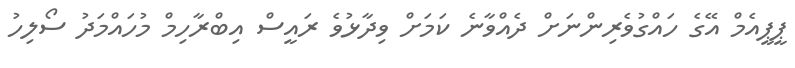
ޕީޕީއެމް އޭގެ ހައްގުވެރިންނަށް ދެއްވާނެ ކަމަށް ވިދާޅުވެ ރައީސް އިބްރާހިމް މުހައްމަދު ސޯލިހު